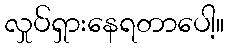
လှုပ်ရှားနေရတာပေါ့။